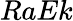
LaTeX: RaEk